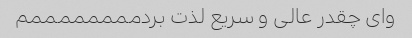
وای چقدر عالی و سریع لذت بردممممممممم